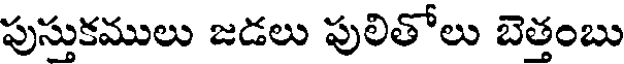
పుస్తుకములు జడలు పులితోలు బెత్తంబు